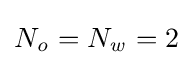
N_{\mathit {o}}=N_{\mathit {w}}=2